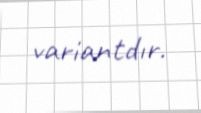
variantdır.